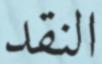
النقد